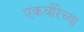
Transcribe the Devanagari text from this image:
एकवीरेच्या